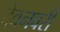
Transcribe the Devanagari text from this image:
देवनवरी